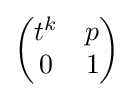
{\begin{pmatrix}t^{k}&p\\0&1\end{pmatrix}}